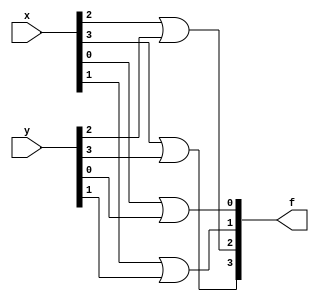
/* ========================================================= */
/*                 32BIT BITWISE OR MODULE                 */
/* ========================================================= */
module bitwiseor(x,y,f);
	input [3:0] x, y;
	output [3:0] f;
	
	or(f[0],x[0],y[0]);
	or(f[1],x[1],y[1]);
	or(f[2],x[2],y[2]);
	or(f[3],x[3],y[3]);
	
	/* FOR TESTING:
	assign x = 4'b1001;
	assign y = 4'b0011;
	
	initial
		begin
			$monitor($time,,"x=%b, y=%b, f=%b",x,y,f);
		end
	*/
endmodule